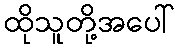
ထိုသူတို့အပေါ်